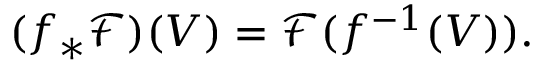
( f _ { * } { \mathcal { F } } ) ( V ) = { \mathcal { F } } ( f ^ { - 1 } ( V ) ) .